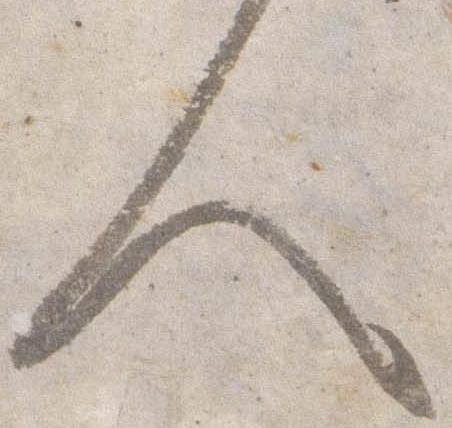
人